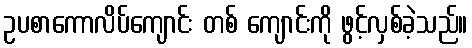
ဥပစာကောလိပ်ကျောင်း တစ် ကျောင်းကို ဖွင့်လှစ်ခဲ့သည်။